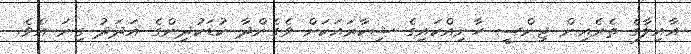
އާއިލާގެ ތެރެއިން ޖިންސީ ހާނިއްކައިގެ ޝިކާރައަކަށް ވެގެންދާ ކުޑަކުދިންގެ އަދަދު ގިނަ އެވެ.